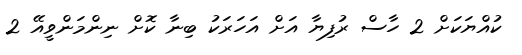
ކުއްޔަކަށް 2 ހާސް ރުފިޔާ އަށް އަހަަރަކު ބިނާ ކޮށް ނިންމަންވީއޭ 2